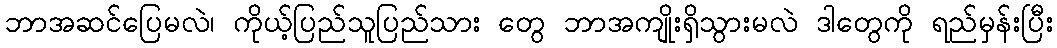
ဘာအဆင်ပြေမလဲ၊ ကိုယ့်ပြည်သူပြည်သား တွေ ဘာအကျိုးရှိသွားမလဲ ဒါတွေကို ရည်မှန်းပြီး